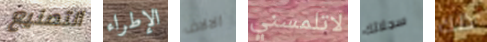
التصنيع الإطراء الالاف لاتلمسني سجلاتك ذلك